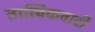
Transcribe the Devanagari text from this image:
तात्विकवादी